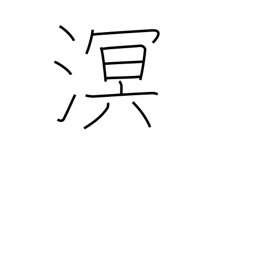
Meaning: dark